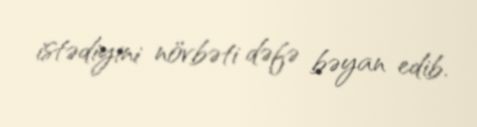
istədiyini növbəti dəfə bəyan edib.